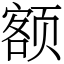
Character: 额